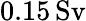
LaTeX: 0.15\, \mathrm{Sv}